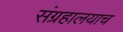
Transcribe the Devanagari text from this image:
संग्रहालयाच